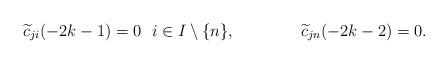
LaTeX: \begin{align*}\widetilde{c}_{ji}(-2k-1)=0\ \ i\in I\setminus\{n\},&&& \widetilde{c}_{jn}(-2k-2)=0.\end{align*}